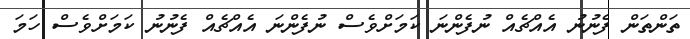
ތަންތަން ފެނުނު އެއްޗެއް ނުފެންނަ ކަަމަށްވެސް ނުފެންނަ އެއްޗެއް ފެނުނު ކަމަށްވެސް ހަަމަ